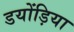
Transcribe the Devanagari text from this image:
डयोंड़िया